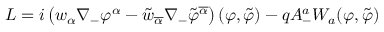
L = i \left( w _ { \alpha } \nabla _ { - } \varphi ^ { \alpha } - \tilde { w } _ { \overline { { { \alpha } } } } \nabla _ { - } \tilde { \varphi } ^ { \overline { { { \alpha } } } } \right) ( \varphi , \tilde { \varphi } ) - q A _ { - } ^ { a } { W } _ { a } ( \varphi , \tilde { \varphi } )